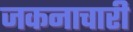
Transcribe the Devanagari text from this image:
जकनाचारी